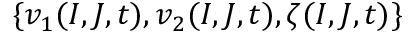
\{ v _ { 1 } ( I , J , t ) , v _ { 2 } ( I , J , t ) , \zeta ( I , J , t ) \}